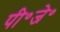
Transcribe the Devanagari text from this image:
पी॰जे॰